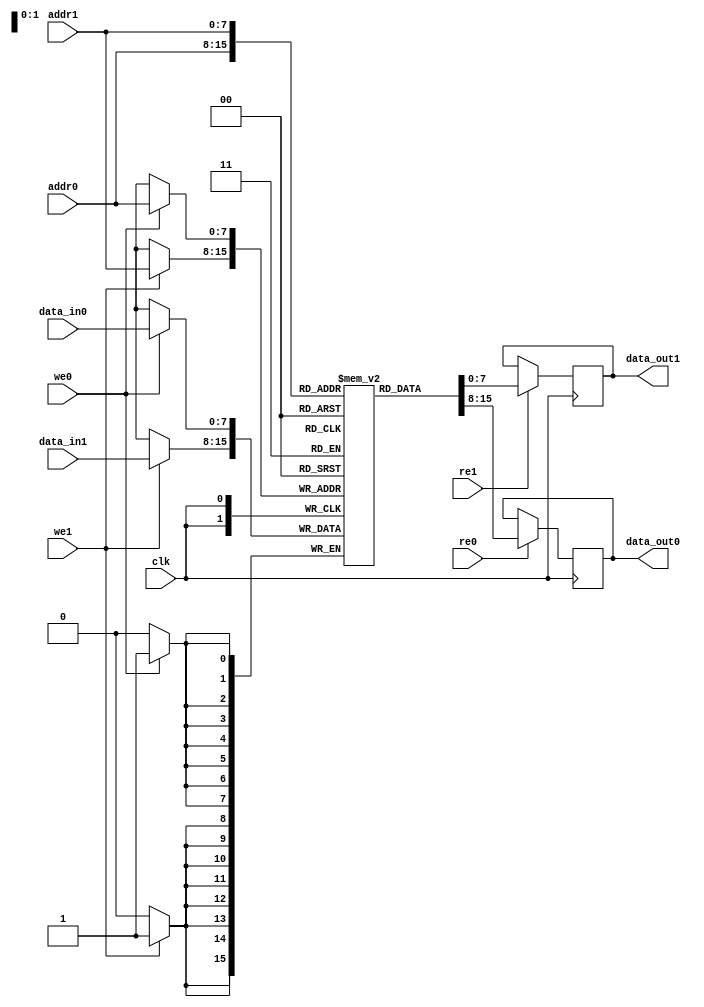
module MPSRAM #(
    parameter DATA_WIDTH = 8,
    parameter ADDR_WIDTH = 8,
    parameter MEM_SIZE = 256
)(
    input wire clk,
    
    // Port 0 interface
    input wire [ADDR_WIDTH-1:0] addr0,
    input wire [DATA_WIDTH-1:0] data_in0,
    input wire we0,        // Write enable for port 0
    input wire re0,        // Read enable for port 0
    output reg [DATA_WIDTH-1:0] data_out0,

    // Port 1 interface
    input wire [ADDR_WIDTH-1:0] addr1,
    input wire [DATA_WIDTH-1:0] data_in1,
    input wire we1,        // Write enable for port 1
    input wire re1,        // Read enable for port 1
    output reg [DATA_WIDTH-1:0] data_out1
);

    // Memory array
    reg [DATA_WIDTH-1:0] memory [0:MEM_SIZE-1];

    // Read/Write process
    always @(posedge clk) begin
        // Port 0 operations
        if (we0) begin
            memory[addr0] <= data_in0; // Write data
        end
        if (re0) begin
            data_out0 <= memory[addr0]; // Read data
        end

        // Port 1 operations
        if (we1) begin
            memory[addr1] <= data_in1; // Write data
        end
        if (re1) begin
            data_out1 <= memory[addr1]; // Read data
        end
    end

endmodule